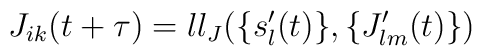
J_{ik}(t+\tau)=ll_J(\{s'_l(t)\},\{J'_{lm}(t)\})